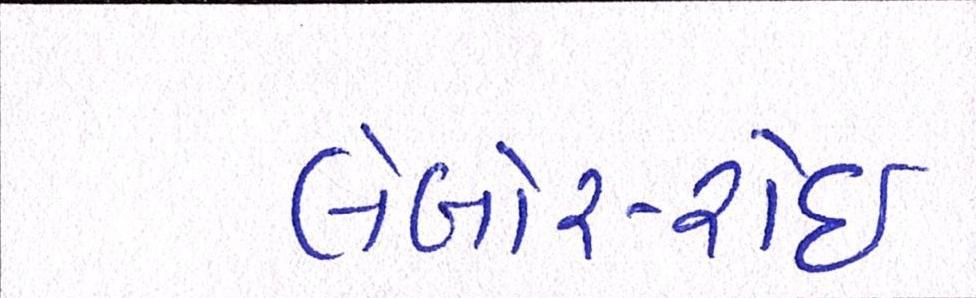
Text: લેબોર-રોઈ